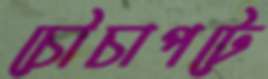
চৌচাপটে